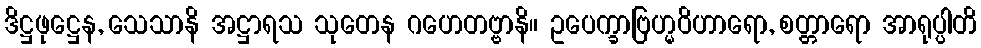
ဒိဋ္ဌဖုဋ္ဌေန, သေသာနိ အဋ္ဌာရသ သုတေန ဂဟေတဗ္ဗာနိ။ ဥပေက္ခာဗြဟ္မဝိဟာရော, စတ္တာရော အာရုပ္ပါတိ